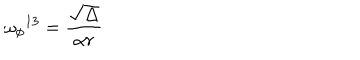
LaTeX: { \omega _ { \phi } } ^ { 1 3 } = \frac { \sqrt \Delta } { \alpha r } \,